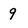
Character: 9